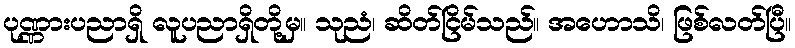
ပုဏ္ဏားပညာရှိ လူပညာရှိတို့မှ။ သုညံ၊ ဆိတ်ငြိမ်သည်။ အဟောသိ၊ ဖြစ်လတ်ပြီ။